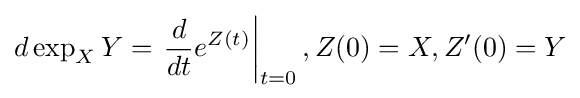
d\exp _{X}Y=\left.{\frac {d}{dt}}e^{Z(t)}\right|_{t=0},Z(0)=X,Z'(0)=Y